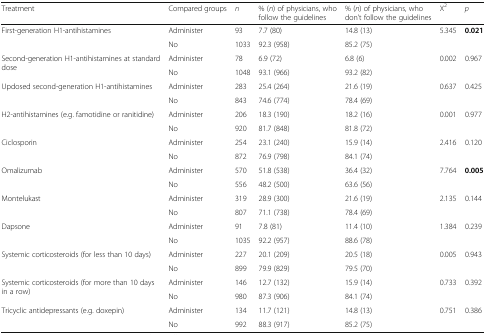
<table><thead><tr><td><b>Treatment</b></td><td><b>Compared groups</b></td><td><b><i>n</i></b></td><td><b>% (<i>n</i>) of physicians, who follow the guidelines</b></td><td><b>% (<i>n</i>) of physicians, who don’t follow the guidelines</b></td><td><b>X<sup>2</sup></b></td><td><b><i>p</i></b></td></tr></thead><tbody><tr><td rowspan="2">First-generation H1-antihistamines</td><td>Administer</td><td>93</td><td>7.7 (80)</td><td>14.8 (13)</td><td rowspan="2">5.345</td><td rowspan="2"><b>0.021</b></td></tr><tr><td>No</td><td>1033</td><td>92.3 (958)</td><td>85.2 (75)</td></tr><tr><td rowspan="2">Second-generation H1-antihistamines at standard dose</td><td>Administer</td><td>78</td><td>6.9 (72)</td><td>6.8 (6)</td><td rowspan="2">0.002</td><td rowspan="2">0.967</td></tr><tr><td>No</td><td>1048</td><td>93.1 (966)</td><td>93.2 (82)</td></tr><tr><td rowspan="2">Updosed second-generation H1-antihistamines</td><td>Administer</td><td>283</td><td>25.4 (264)</td><td>21.6 (19)</td><td rowspan="2">0.637</td><td rowspan="2">0.425</td></tr><tr><td>No</td><td>843</td><td>74.6 (774)</td><td>78.4 (69)</td></tr><tr><td rowspan="2">H2-antihistamines (e.g. famotidine or ranitidine)</td><td>Administer</td><td>206</td><td>18.3 (190)</td><td>18.2 (16)</td><td rowspan="2">0.001</td><td rowspan="2">0.977</td></tr><tr><td>No</td><td>920</td><td>81.7 (848)</td><td>81.8 (72)</td></tr><tr><td rowspan="2">Ciclosporin</td><td>Administer</td><td>254</td><td>23.1 (240)</td><td>15.9 (14)</td><td rowspan="2">2.416</td><td rowspan="2">0.120</td></tr><tr><td>No</td><td>872</td><td>76.9 (798)</td><td>84.1 (74)</td></tr><tr><td rowspan="2">Omalizumab</td><td>Administer</td><td>570</td><td>51.8 (538)</td><td>36.4 (32)</td><td rowspan="2">7.764</td><td rowspan="2"><b>0.005</b></td></tr><tr><td>No</td><td>556</td><td>48.2 (500)</td><td>63.6 (56)</td></tr><tr><td rowspan="2">Montelukast</td><td>Administer</td><td>319</td><td>28.9 (300)</td><td>21.6 (19)</td><td rowspan="2">2.135</td><td rowspan="2">0.144</td></tr><tr><td>No</td><td>807</td><td>71.1 (738)</td><td>78.4 (69)</td></tr><tr><td rowspan="2">Dapsone</td><td>Administer</td><td>91</td><td>7.8 (81)</td><td>11.4 (10)</td><td rowspan="2">1.384</td><td rowspan="2">0.239</td></tr><tr><td>No</td><td>1035</td><td>92.2 (957)</td><td>88.6 (78)</td></tr><tr><td rowspan="2">Systemic corticosteroids (for less than 10 days)</td><td>Administer</td><td>227</td><td>20.1 (209)</td><td>20.5 (18)</td><td rowspan="2">0.005</td><td rowspan="2">0.943</td></tr><tr><td>No</td><td>899</td><td>79.9 (829)</td><td>79.5 (70)</td></tr><tr><td rowspan="2">Systemic corticosteroids (for more than 10 days in a row)</td><td>Administer</td><td>146</td><td>12.7 (132)</td><td>15.9 (14)</td><td rowspan="2">0.733</td><td rowspan="2">0.392</td></tr><tr><td>No</td><td>980</td><td>87.3 (906)</td><td>84.1 (74)</td></tr><tr><td rowspan="2">Tricyclic antidepressants (e.g. doxepin)</td><td>Administer</td><td>134</td><td>11.7 (121)</td><td>14.8 (13)</td><td rowspan="2">0.751</td><td rowspan="2">0.386</td></tr><tr><td>No</td><td>992</td><td>88.3 (917)</td><td>85.2 (75)</td></tr></tbody></table>